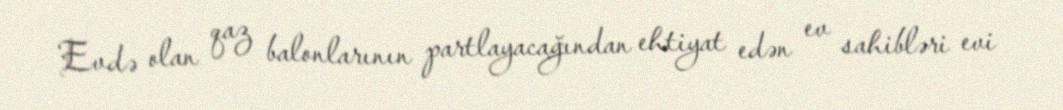
Evdə olan qaz balonlarının partlayacağından ehtiyat edən ev sahibləri evi